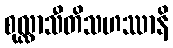
စုလ္လာသီတိသဟဿာနိ